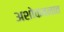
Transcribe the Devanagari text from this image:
अशोकवनात